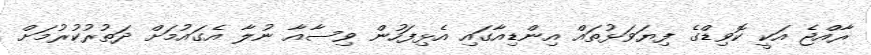
ރާއްޖެ އަކީ ކޮވިޑްގެ ފިޔަވަޅުތައް އިންޑިއާގައި އެޅިފަހުން ވިސާއާ ނުލާ އެގައުމަށް ދަތުރުކުރުމަށް